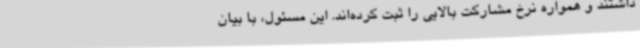
داشتند و همواره نرخ مشارکت بالایی را ثبت کرده‌اند. این مسئول، با بیان